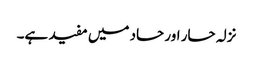
نزلہ حار اور حاد میں مفید ہے۔